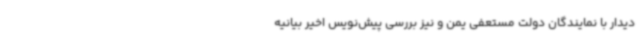
دیدار با نمایندگان دولت مستعفی یمن و نیز بررسی پیش‌نویس اخیر بیانیه